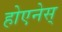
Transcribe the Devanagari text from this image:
होएनेस्